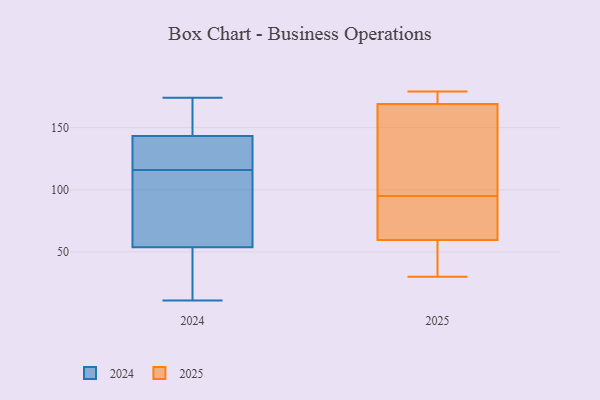
{"axis": {"x": "Churn Rate (%)", "y": "Value"}, "legend": ["2024", "2025"], "data": [{"x": "", "y": 140, "type": "2025"}, {"x": "", "y": 55, "type": "2025"}, {"x": "", "y": 85, "type": "2025"}, {"x": "", "y": 168, "type": "2025"}, {"x": "", "y": 172, "type": "2025"}, {"x": "", "y": 30, "type": "2025"}, {"x": "", "y": 68, "type": "2025"}, {"x": "", "y": 172, "type": "2025"}, {"x": "", "y": 179, "type": "2025"}, {"x": "", "y": 61, "type": "2025"}, {"x": "", "y": 55, "type": "2025"}, {"x": "", "y": 137, "type": "2025"}, {"x": "", "y": 95, "type": "2025"}, {"x": "", "y": 140, "type": "2024"}, {"x": "", "y": 154, "type": "2024"}, {"x": "", "y": 46, "type": "2024"}, {"x": "", "y": 11, "type": "2024"}, {"x": "", "y": 135, "type": "2024"}, {"x": "", "y": 116, "type": "2024"}, {"x": "", "y": 62, "type": "2024"}, {"x": "", "y": 55, "type": "2024"}, {"x": "", "y": 46, "type": "2024"}, {"x": "", "y": 174, "type": "2024"}, {"x": "", "y": 55, "type": "2024"}, {"x": "", "y": 147, "type": "2024"}, {"x": "", "y": 142, "type": "2024"}, {"x": "", "y": 131, "type": "2024"}, {"x": "", "y": 168, "type": "2024"}, {"x": "", "y": 98, "type": "2024"}, {"x": "", "y": 50, "type": "2024"}]}